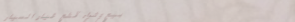
بيع وشراء قطع غيار السيار